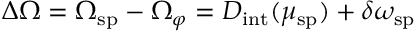
\Delta \Omega = \Omega _ { \mathrm { s p } } - \Omega _ { \varphi } = D _ { \mathrm { i n t } } ( \mu _ { \mathrm { s p } } ) + \delta \omega _ { \mathrm { s p } }